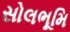
સોલભૂમિ